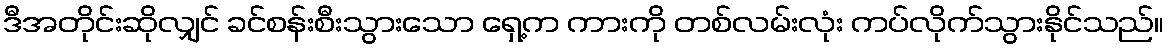
ဒီအတိုင်းဆိုလျှင် ခင်စန်းစီးသွားသော ရှေ့က ကားကို တစ်လမ်းလုံး ကပ်လိုက်သွားနိုင်သည်။